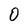
Character: 0